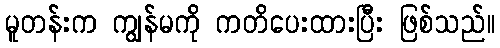
မူတန်းက ကျွန်မကို ကတိပေးထားပြီး ဖြစ်သည်။